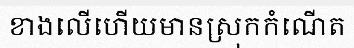
ខាងលើហើយមានស្រុកកំណើត